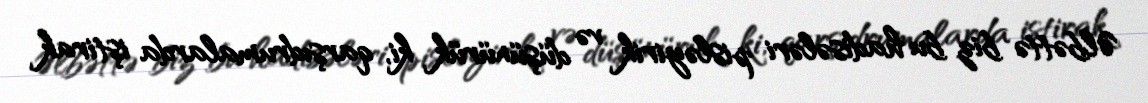
Əlbəttə biz bu hadisələri pisləyirik və düşünürük ki, qarşıdrumalarda iştirak